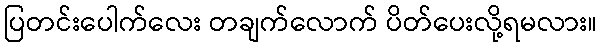
ပြတင်းပေါက်လေး တချက်လောက် ပိတ်ပေးလို့ရမလား။